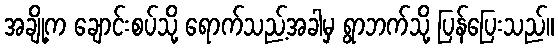
အချို့က ချောင်းစပ်သို့ ရောက်သည့်အခါမှ ရွာဘက်သို့ ပြန်ပြေးသည်။